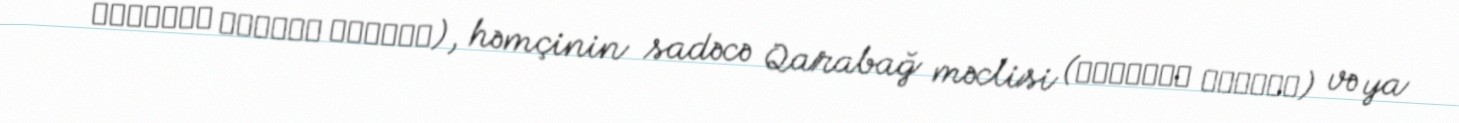
قاراباغ بیرلیک مجلیسی), həmçinin sadəcə Qarabağ məclisi (قاراباغ مجلیسی) və ya